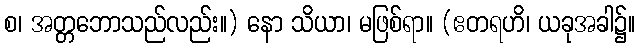
စ၊ အတ္တဘောသည်လည်း။) နော သိယာ၊ မဖြစ်ရာ။ (ဧတရဟိ၊ ယခုအခါ၌။